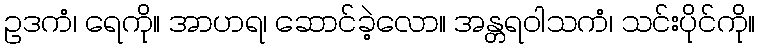
ဥဒကံ၊ ရေကို။ အာဟရ၊ ဆောင်ခဲ့လော။ အန္တရဝါသကံ၊ သင်းပိုင်ကို။